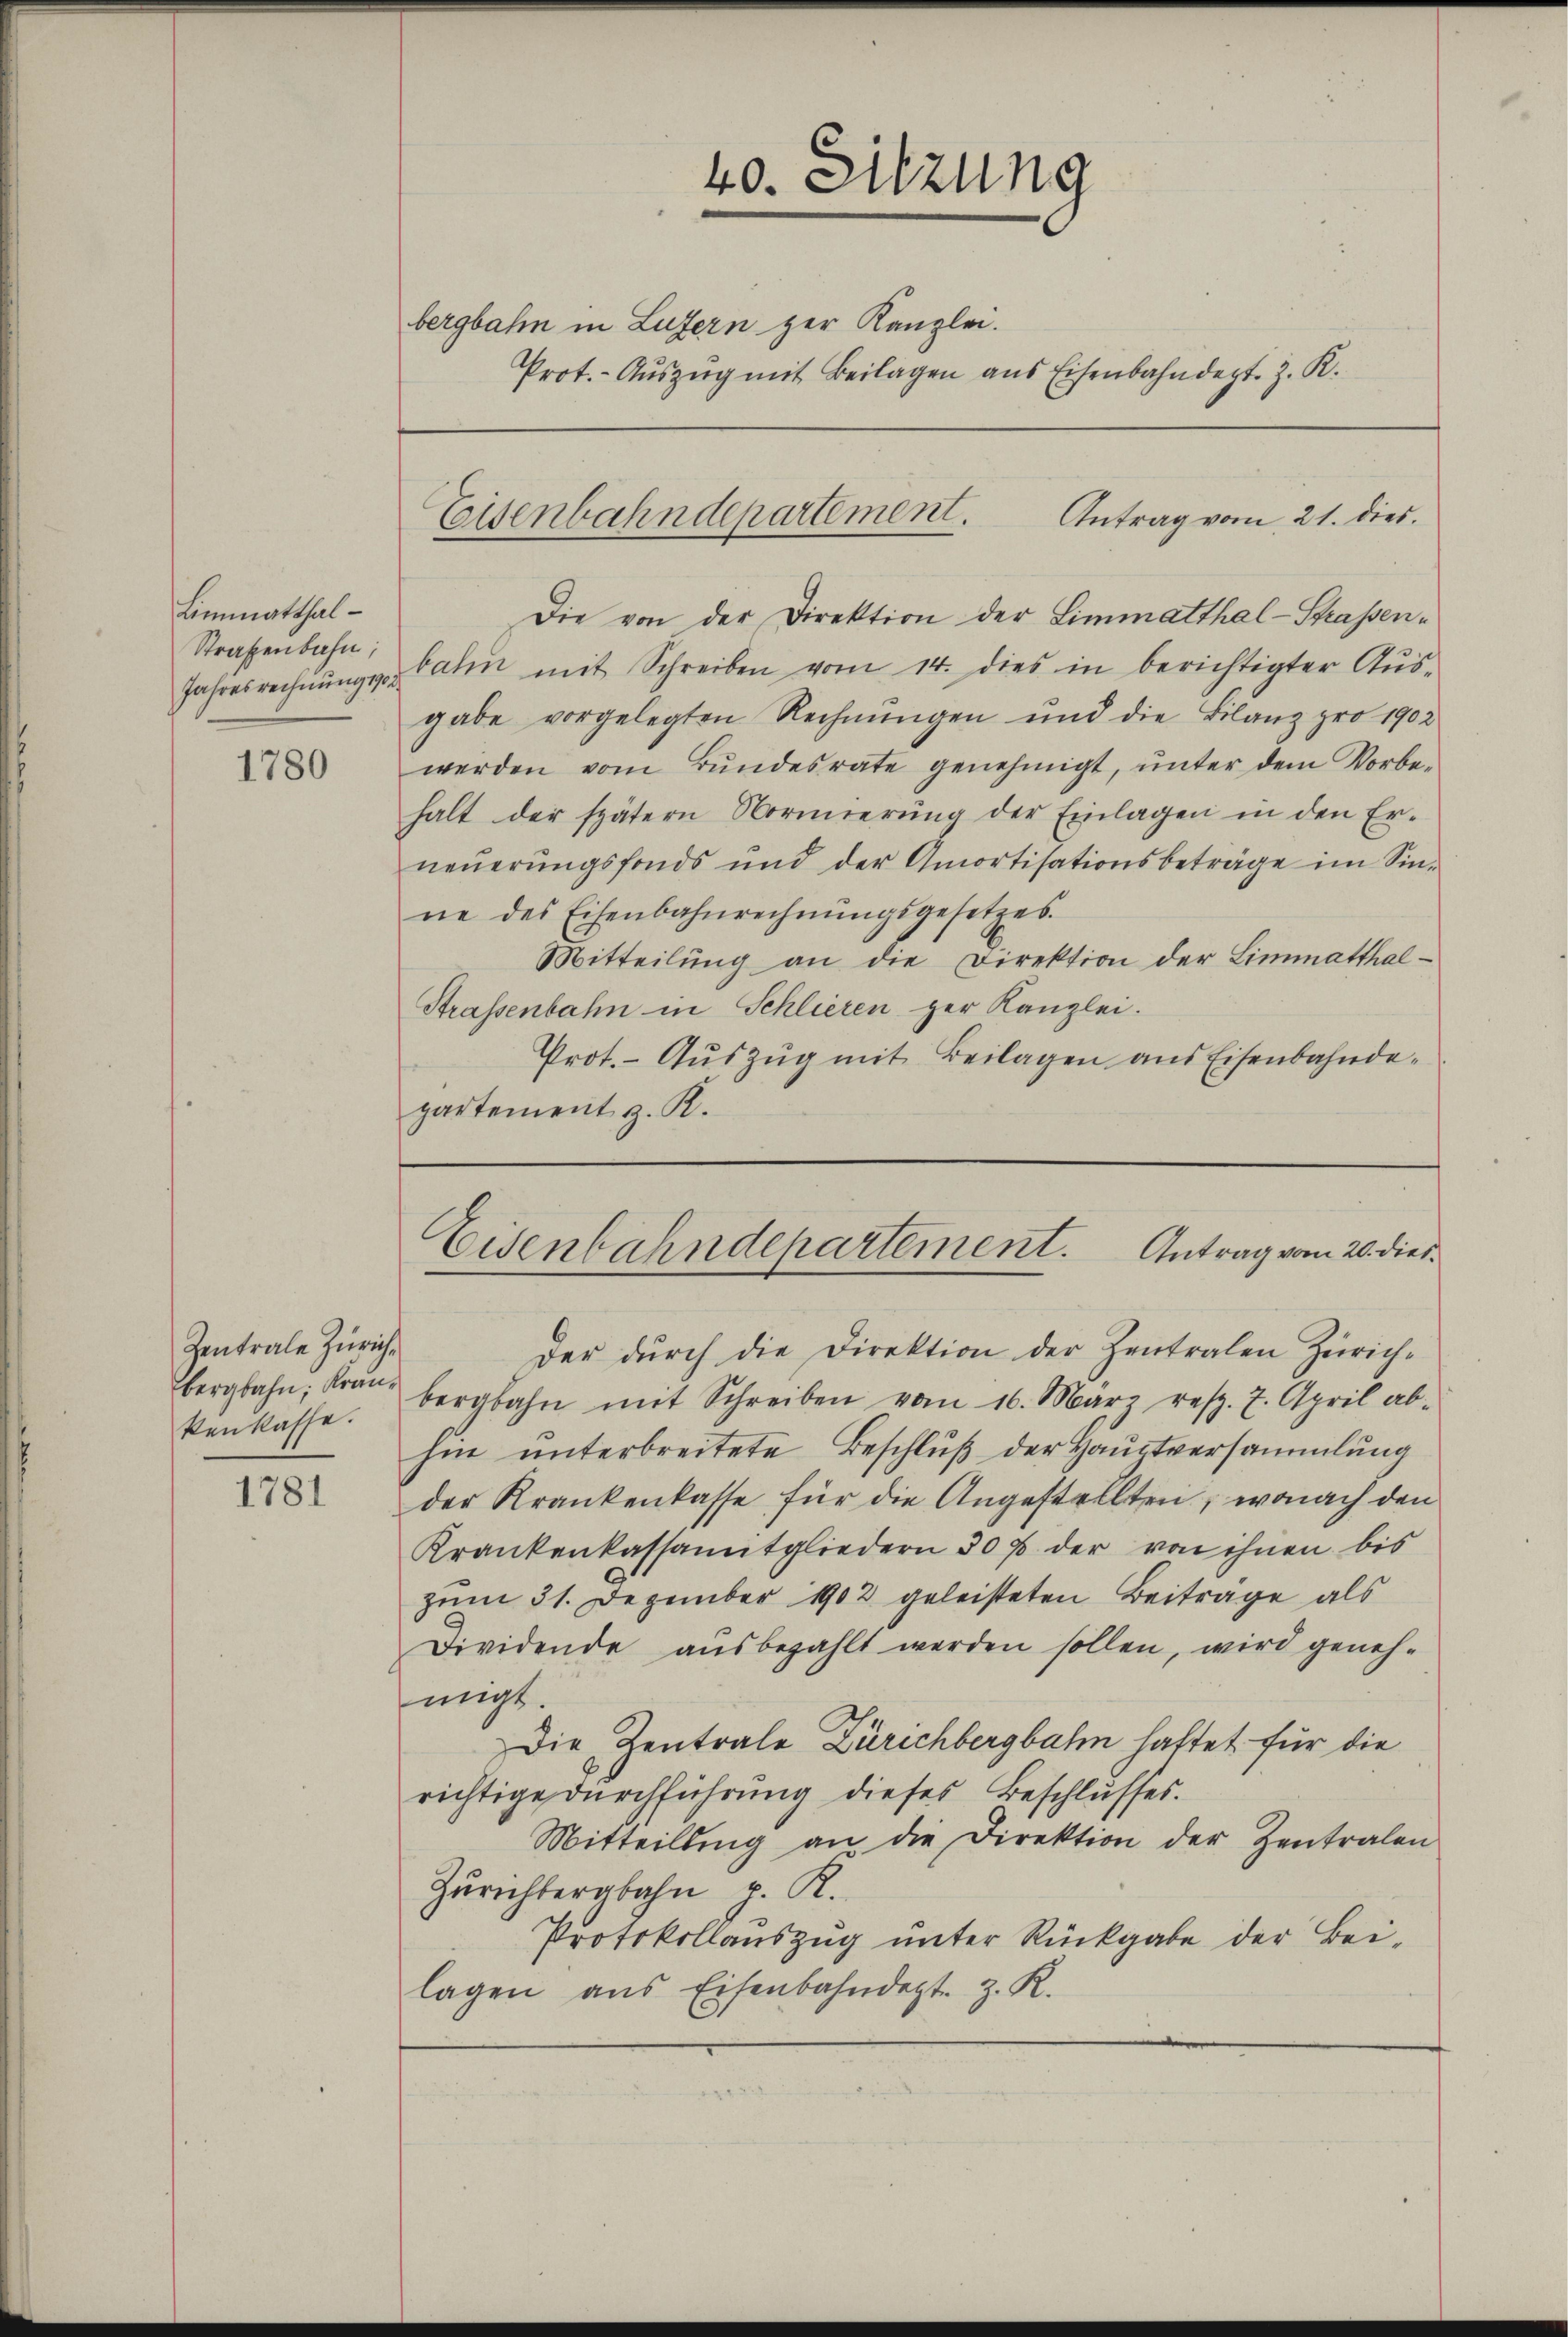
Limmatthal¬
Straßenbahn;
Jahresrechnung 190

1780

Zentrale Zürichbergbahn, Krankenkasse.

1781

40. Sitzung
bergbahn in Luzern zur Kanzlei.
Prot.- Aŭszŭg mit Beilagen aus Eisenbahndept. z. K.

Antrag vom 21. dies.
Eisenbahndepartement.

Die von der Direktion der Limmatthal-Strassenbahn mit Schreiben vom 14. dies in berichtigter Aŭs-
gabe vorgelegten Rechnungen und die Bilanz pro 1902
werden vom Bundesrate genehmigt, unter dem Vorbe-
halt der spätern Normierŭng der Einlagen in den Er-
neŭerŭngsfonds und der Amortisationsbeträge im Sin-
ne des Eisenbahnrechnŭngsgesetzes.
Mitteilŭng an die Direktion der Limmatthal-
Strassenbahn in Schlieren zur Kanzlei.
Prot. Aŭszŭg mit Beilagen aus Eisenbahnde-
partement z. R.

Eisenbahndepartement. Antrag vom 20. dies¬

der dŭrch die Direktion der Zentralen Zürich-
bergbahn mit Schreiben vom 16. März resp. 7. April ab-
hin unterbreitete Beschluß der Hauptversammlung
der Krankenkasse für die Angestellten, wonach den
Krankenkassanitgliedern 30 p. der von ihnen bis
zum 31. Dezember 1902 geleisteten Beitrage als
Dividende ausbezahlt werden sollen, wird genehnacht.
Die Zentrale Zürichbergbahn haftet für die
richtige Durchführung dieses Beschlusses.
Mitteilung an die Direktion der Zentralen
Zürichtergbahn p. K.
Protokollauszug unter Rückgabe der Beilagen aus Eisenbahndept. z. R.